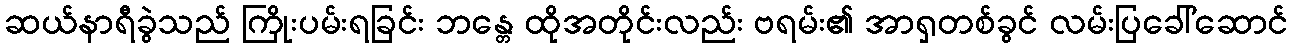
ဆယ်နာရီခွဲသည် ကြိုးပမ်းရခြင်း ဘန္တေ ထိုအတိုင်းလည်း ဗရမ်း၏ အာရှတစ်ခွင် လမ်းပြခေါ်ဆောင်